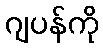
ဂျပန်ကို